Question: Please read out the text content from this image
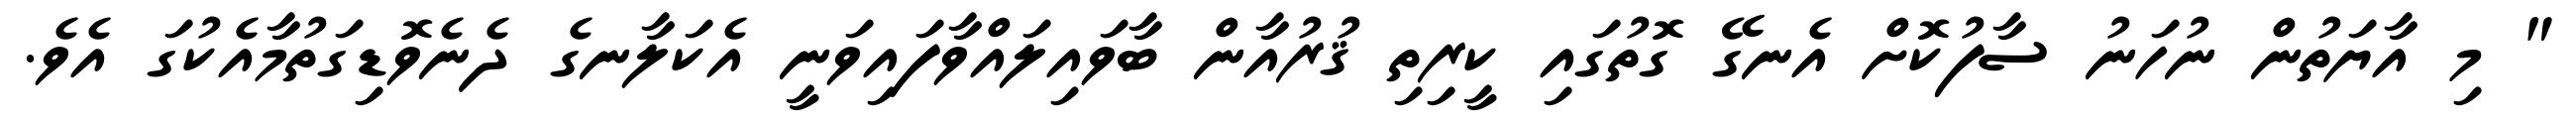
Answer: " މި އާޔަތުން ނުހަނު ސާފުކޮށް އެނގޭ ގޮތުގައި ކީރިތި ޤުރުއާން ބާވައިލައްވާފައިވަނީ އެކަލާނގެ ދެނެވޮޑިގަތުމާއެކުގަ އެވެ.